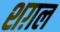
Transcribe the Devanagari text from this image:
शग़ल